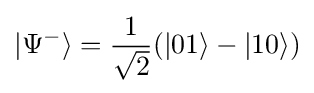
|\Psi ^{-}\rangle ={\frac {1}{\sqrt {2}}}(|01\rangle -|10\rangle )